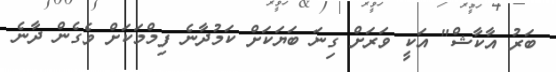
ބަރު އާކާޝް" އަކީ ވަރަށް ގިނަ ބަޔަކަށް ކަމުދާނެ ފިމްމަކަށް ވެގެން ދާނެ